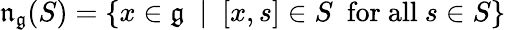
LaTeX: {\mathfrak{n}}_{\mathfrak{g}}(S)=\{ x\in{\mathfrak{g}}\ \mid\ [x,s]\in S\ {\mathrm{~for~all}}\ s\in S\}